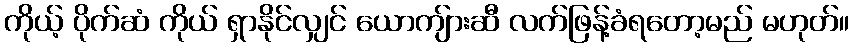
ကိုယ့် ပိုက်ဆံ ကိုယ် ရှာနိုင်လျှင် ယောကျ်ားဆီ လက်ဖြန့်ခံရတော့မည် မဟုတ်။